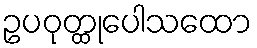
ဥပဝုတ္ထုပေါသထော